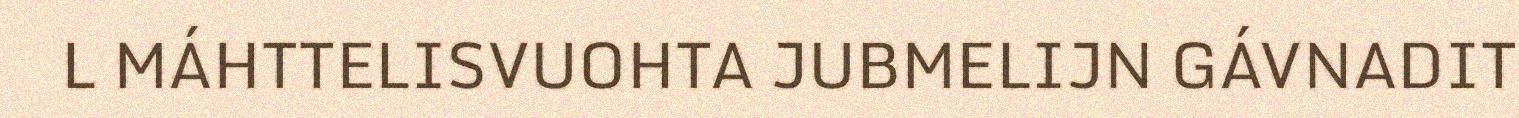
L MÁHTTELISVUOHTA JUBMELIJN GÁVNADIT